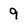
Character: 9